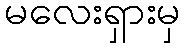
မလေးရှားမှ